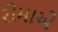
રીમાએ